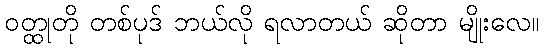
ဝတ္ထုတို တစ်ပုဒ် ဘယ်လို ရလာတယ် ဆိုတာ မျိုးလေ။